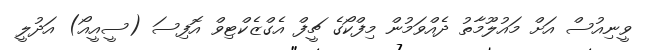
ވީނިއުސް އަށް މައުލޫމާތު ދެއްވަމުން މިފްކޯގެ ޗީފް އެގްޒެކްޓިވް އޮފިސަ (ސީއީއޯ) އަދުލީ